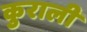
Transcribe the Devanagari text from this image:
कुराली